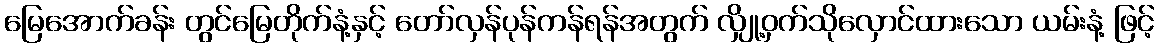
မြေအောက်ခန်း တွင်မြေတိုက်နံ့နှင့် တော်လှန်ပုန်ကန်ရန်အတွက် လျှို့ဝှက်သိုလှောင်ထားသော ယမ်းနံ့ ဖြင့်